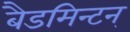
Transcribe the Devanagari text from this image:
बैडमिन्टन्